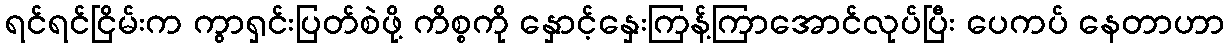
ရင်ရင်ငြိမ်းက ကွာရှင်းပြတ်စဲဖို့ ကိစ္စကို နှောင့်နှေးကြန့်ကြာအောင်လုပ်ပြီး ပေကပ် နေတာဟာ